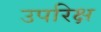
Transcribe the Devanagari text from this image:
उपरिक्ष